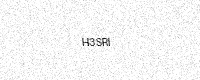
Text: H3SRI